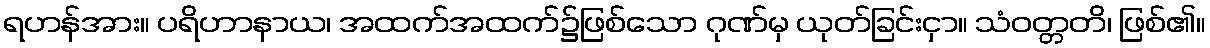
ရဟန်အား။ ပရိဟာနာယ၊ အထက်အထက်၌ဖြစ်သော ဂုဏ်မှ ယုတ်ခြင်းငှာ။ သံဝတ္တတိ၊ ဖြစ်၏။